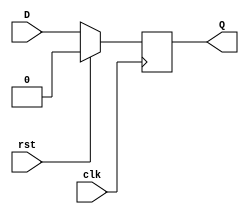
module flipflop(
						input 	clk,
						input 	rst,
						input 	D,
						output 	reg Q);
always @ (posedge clk)
	if (rst)
	Q<=0;
	else
	Q<= D;
endmodule